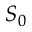
S _ { 0 }